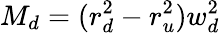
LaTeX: M_{d}=(r_{d}^{2}-r_{u}^{2})w_{d}^{2}